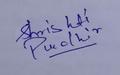
Signature authenticity: genuine